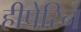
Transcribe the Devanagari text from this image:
हीपेरिन